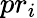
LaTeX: pr_{i}